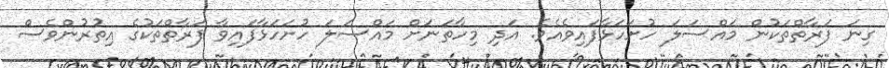
ގިނަ ފަރާތްތަކުން މައްސަލަ ހުށަހަޅާފައިވެއެވެ. އަދި މިހާތަނަށް މައްސަލަ ހުށަހަޅާފައިވާ ފަރާތްތަކުގެ އިތުރުންވެސް